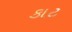
કાટ